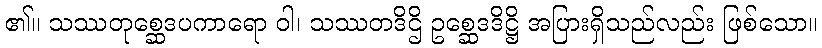
၏။ သဿတုစ္ဆေဒပကာရော ဝါ၊ သဿတဒိဌိ ဥစ္ဆေဒဒိဋ္ဌိ အပြားရှိသည်လည်း ဖြစ်သော။